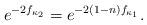
LaTeX: \begin{align*}e^{-2f_{\kappa_2}}=e^{-2(1-n)f_{\kappa_1}}.\end{align*}